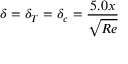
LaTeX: \delta = \delta _ { T } = \delta _ { c } = { \frac { 5 . 0 x } { \sqrt { R e } } }